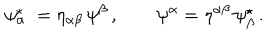
LaTeX: \psi _ { \alpha } ^ { \star } : = \eta _ { \alpha \beta } \, \psi ^ { \beta } \, , \qquad \psi ^ { \alpha } = \eta ^ { \alpha \beta } \, \psi _ { \beta } ^ { \star } \, .